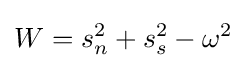
W=s_{n}^{2}+s_{s}^{2}-\omega ^{2}